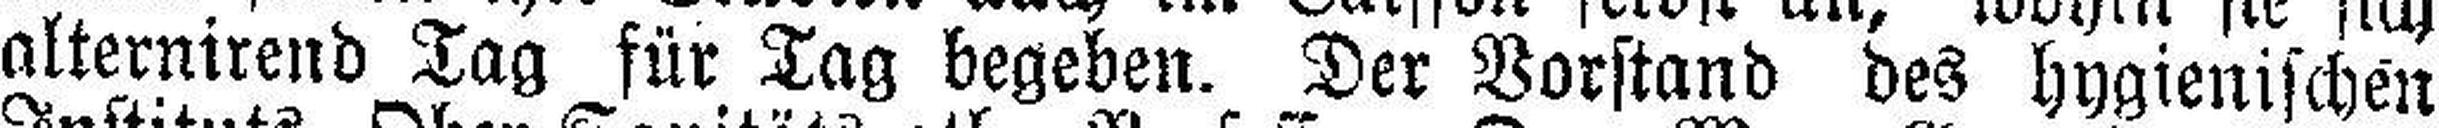
alternirend Tag für Tag begeben. Der Vorstand des hygienischen